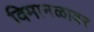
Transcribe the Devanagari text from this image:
विमानळावर